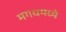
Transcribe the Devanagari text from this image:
मगधमध्ये